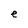
Character: e